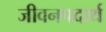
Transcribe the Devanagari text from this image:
जीवनपदार्थ